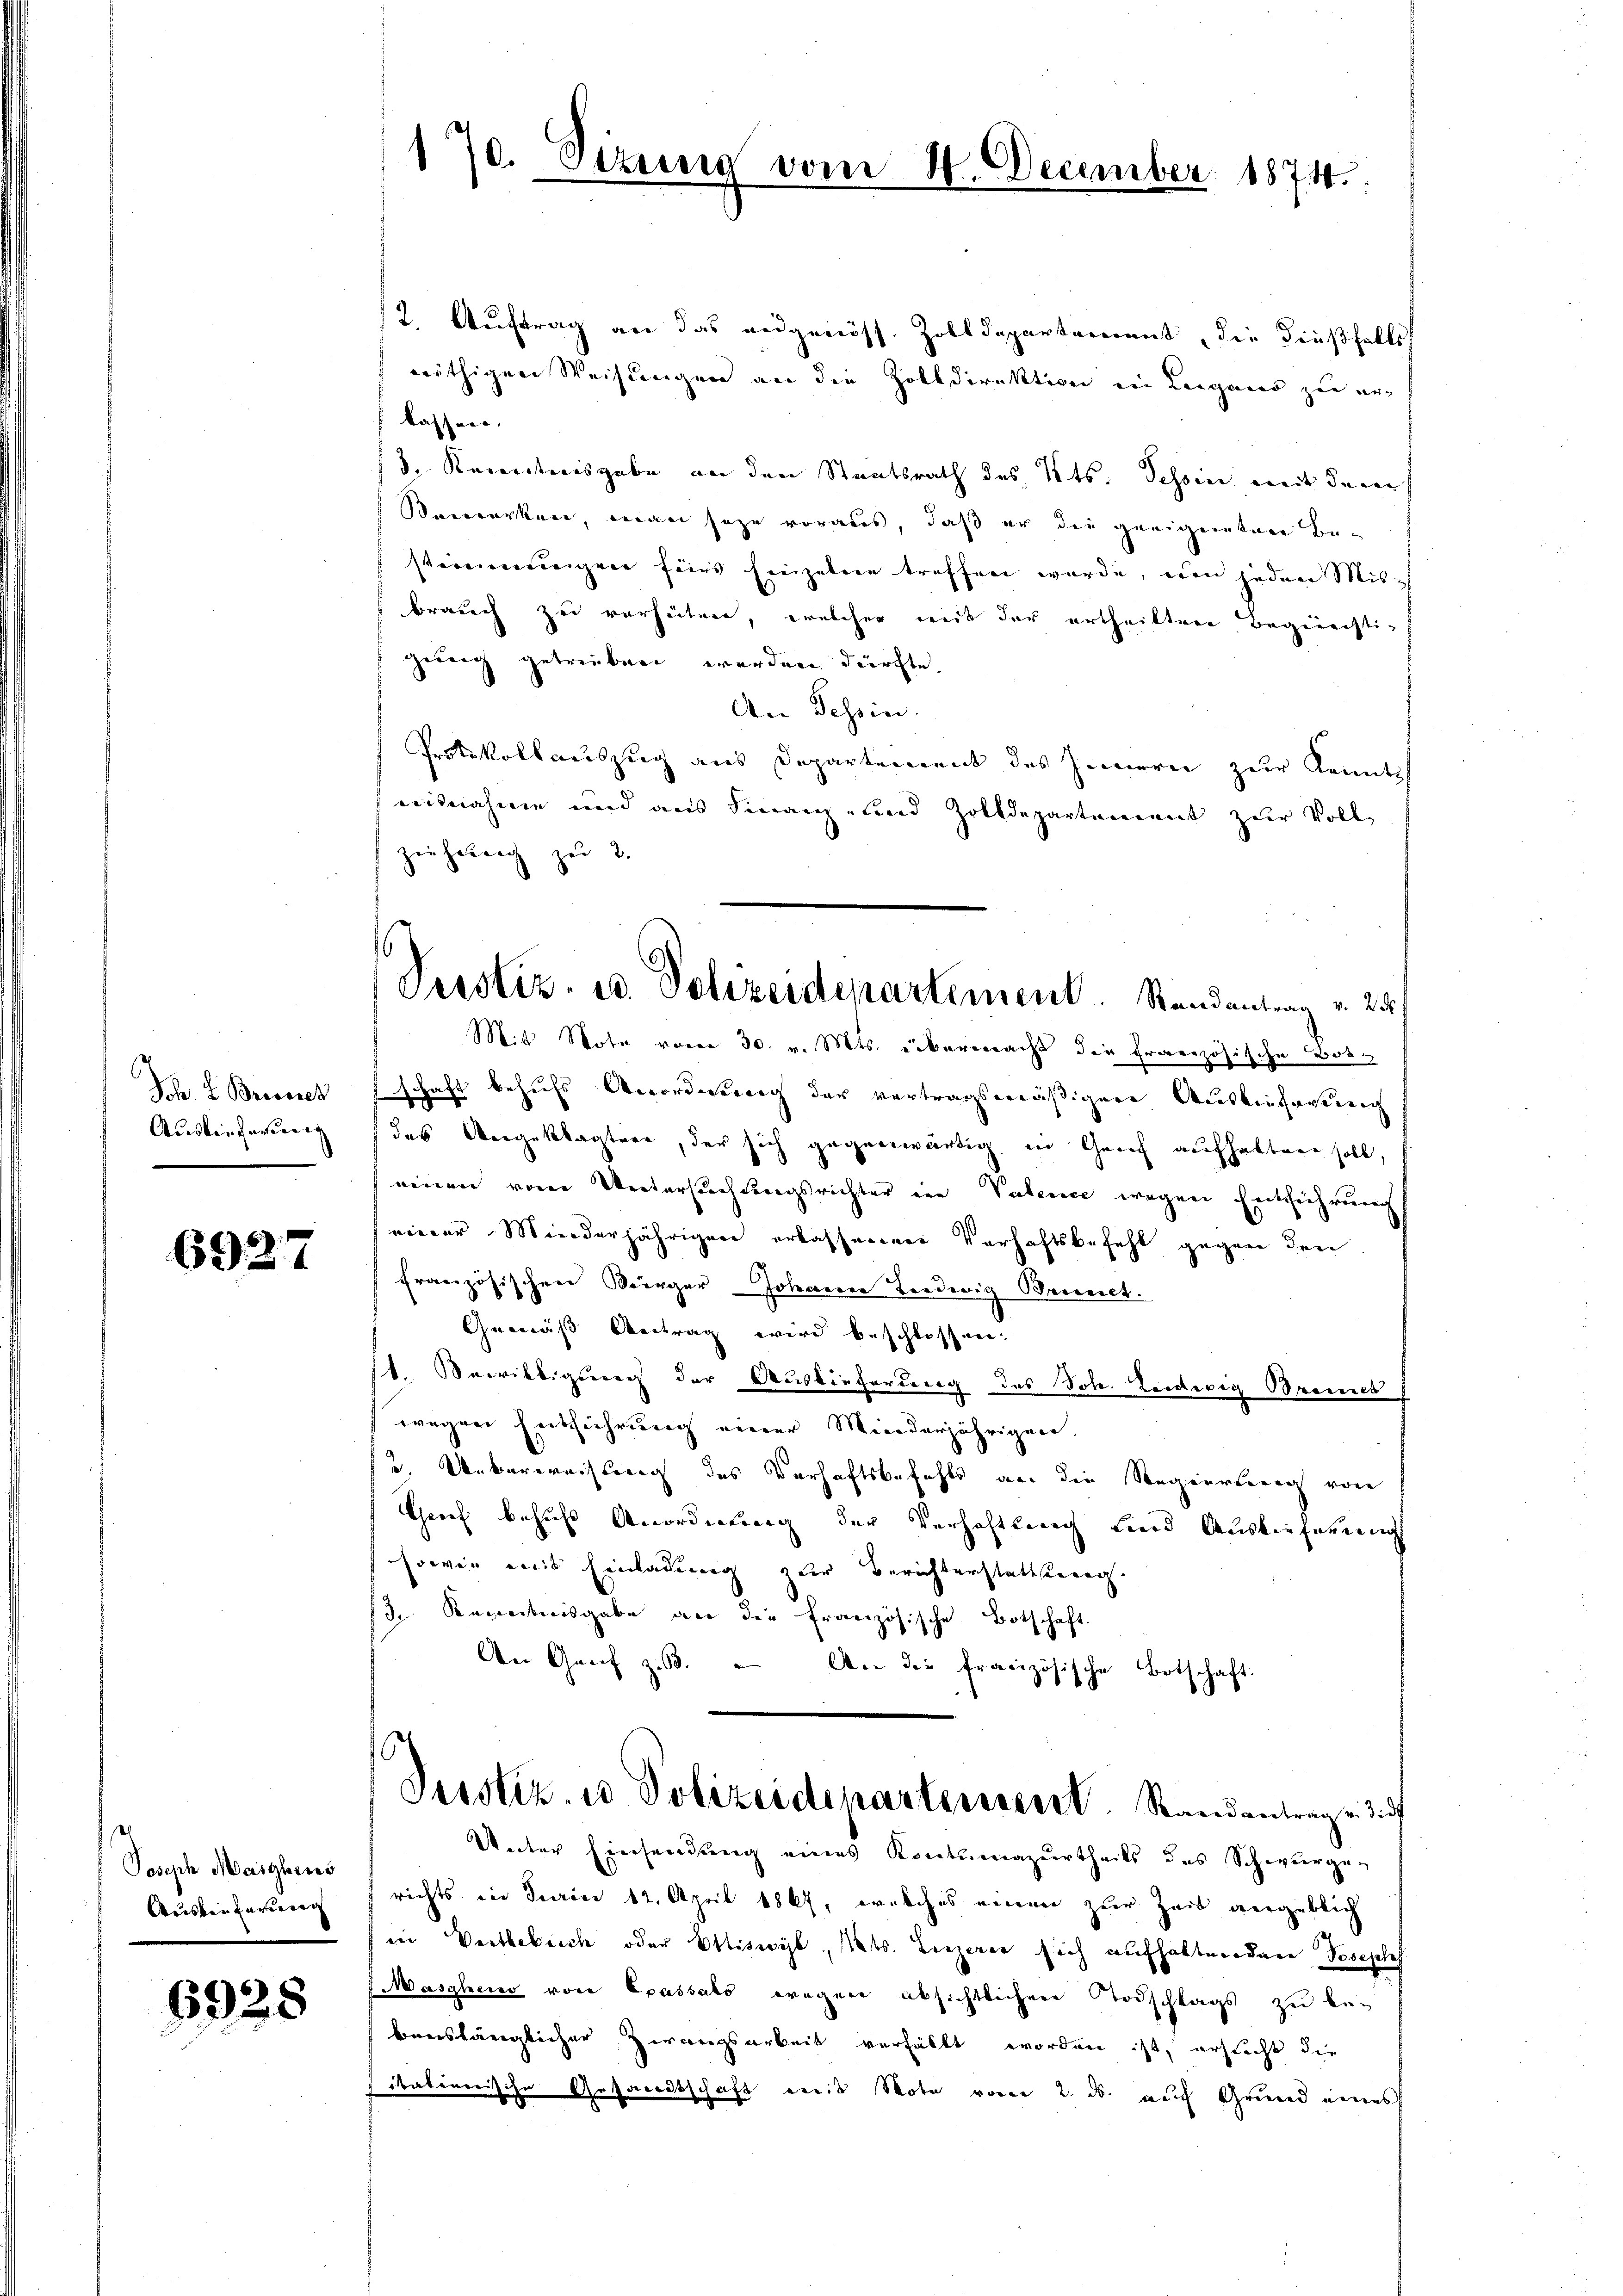
Sch. 2. Brossses
Auslieferung

6927

Joseph Maschens
Auslieferung

6928

170. Sizung vom 20. December 1874.

Perstiz- u. Polizeidepartement. Randantrag v. 25.

2. Auftrag an das angenöss. Zolldepartement, die dießfalls
nöthigen Weisungen an die Zolldirektion ein Leigano zu erlassen,
3. Recentersgabe an den Staatsrath des Kts. Tessin weit denen
Bemerken, man sage voraus, daß er die geeigneten Bestimmeneignen fürs Einzelnen treffen wurde, wien jeden Misbrauch zu verhüten, welcher mit der ertheilten Begriechtigung getrieben werden dürfte.
An Tessin.
Protokollauszug aus Departement des Innern zur Kennts
nisnahme und aus Finanz- und Zolldepartenannt zur Voll
ziehetrach zu 2.
Mit Note vom 30. v. Mts. übermacht die französische Botschaft behufs Anordnung der vertragsmäßigere Auslieferung
das Angeklagtere, der sich gegenwärtig, in Genf aufhalten soll,
einen von Weitersuchtungsrichter ein Valence wegen Entführung
einer Minderjährigen erkassenener Verhaftsbefehl gegen den
französischen Bürger Johann Liedwig Brunet.
Gemäß Antrag wird beschlossen.
11. Mairiltigseren der Auslieferung des Joh. Leidwig Brennt
wegen Entführung einer Minderjährigen,
/3. Ueberweisung des Verhaftsbefehls an die Regierung von
Greif behufs Anordnung der Verhaftlung und Auslieferung
sowie mit Einladung zur Berichterstattung.
fd. Recentnisgabe an die französische Botschaft.
An Genf z.B. – An die französische Botschaft:
Pecstiz- u Polizeidepartement. Standantrage di
Unter Einsendung eines Kontumazurtheils des Schwurge-
richts in Jurie 12. April 1867, welches einen zur Zeit vergeblich
in Vertlebuch oder Ettiswyl, Kts. Luzern sich aufhaltenden Joseph
Masghero von Epassato wegen absichtlichen Todschlags zu be-
bauslänglicher Zwangsarbeit verhält worden ist, ersucht die
sitatinerische Gesandtschaft reis Note vom 2. ds. auf Grund eines